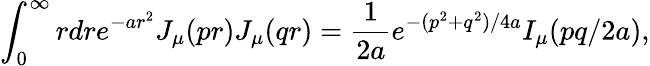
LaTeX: \int_{0}^{\infty}{rdr}e^{-ar^{2}}J_{\mu}(pr)J_{\mu}(qr)={\frac{1}{2a}}e^{-(p^{2}+q^{2})/4a}I_{\mu}(pq/2a),